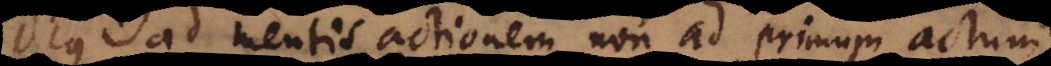
Deus ad mentis actionem, non ad primum actum